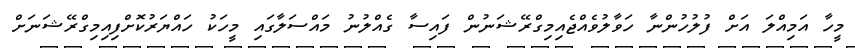
މީހާ އަމިއްލަ އަށް ފުލުހުންނާ ހަވާލުވެއްޖެއިމިގްރޭޝަނުން ފައިސާ ގެއްލުނު މައްސަލާގައި މީހަކު ހައްޔަރުކޮށްފިއިމިގްރޭޝަނަށް